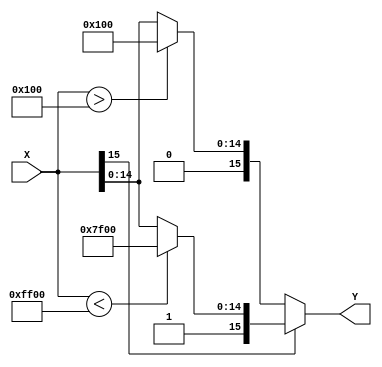
module tanh(X,Y);
// DESCRIPTION: takes 1 input number and returns an approx of tanh as output

// input parameters
	parameter DATA_WIDTH = 16;
	parameter FRACT_WIDTH = 8;
	
// define ports
	input signed [DATA_WIDTH-1:0] X;
	output wire [DATA_WIDTH-1:0] Y;
	
// internal use
	//	wire [2*DATA_WIDTH-1:0] p1,p2;

// module behavior:
	//	assign p1 = 16'h0040*X; // 0.25*X
	//	assign p2 = 16'h0098*X; // 0.5938*X = (1/2+1/16+1/32)*X
	
	assign Y = (X[DATA_WIDTH-1]) ? (
		// negative
		(X < -16'h0100)? -16'h0100 : X )
		// positive
		: ( (X>16'h0100) ? 16'h0100: X );

// TODO: fix this in the future, for more precise approx of tanh
//	always @(*) begin
//		if(X> -16'h0200) // really X < -2;
//			Y = -1;
//		if(X> 16'h0200)
//			Y= 1;
//		else
//			Y = X;
//		// [-inf,-2]
//		if(X<= -16'h0200)
//			Y = -16'h0100; // Y = -1;
//		
//		// [-2,-1]
//		if((X> -16'h0200)&&(X<= -16'h0100))												
//			Y = (p1>>FRACT_WIDTH) - 16'h0080; // Y = 0.25*X - 0.5;
//		
//		// [-1,-0.375]
//		if((X> -16'h0100)&&(X<= -16'h0060))
//			Y = (p2>>FRACT_WIDTH) - 16'h0028; // Y = 0.5938*X - 0.1563 = (1/2+1/16+1/32)*X - (1/8+1/32);
//			
//		// [-0.375,0.375]
//		if((X> -16'h0060)&&(X<= 16'h0060))
//			Y = X;
//		
//		// [0.375,1]
//		if((X> 16'h0060)&&(X<= 16'h0100))
//			Y = (p2>>FRACT_WIDTH) + 16'h0028; // Y = 0.5938*X - 0.1563 = (1/2+1/16+1/32)*X - (1/8+1/32);
//			
//		// [1,2]				= [0000 0001 0000 0000, 0000 0010 0000 0000]
//		if((X> 16'h0100)&&(X<= 16'h0200))
//			Y = (p1>>FRACT_WIDTH) + 16'h0080; // Y = 0.25*X + 0.5;
//		
//		// [2,inf]
//		if(X> 16'h0200)
//			Y = 16'h0100; // Y = 1;
//	end
endmodule